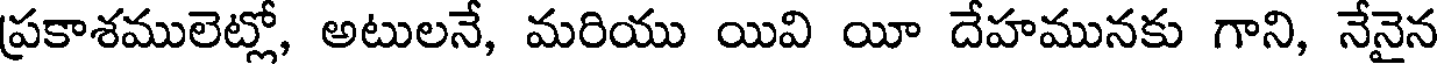
ప్రకాశములెట్లో, అటులనే, మరియు యివి యీ దేహమునకు గాని, నేనైన